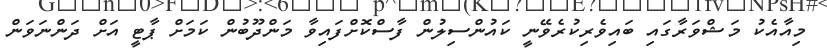
މިއާއެކު މަޝްވަރާގައި ބައިވެރިކުރެވޭނީ ކައުންސިލުން ފާސްކޮށްފައިވާ މަންދޫބުން ކަމަށް ޕާޓީ އަށް ދަންނަވަން